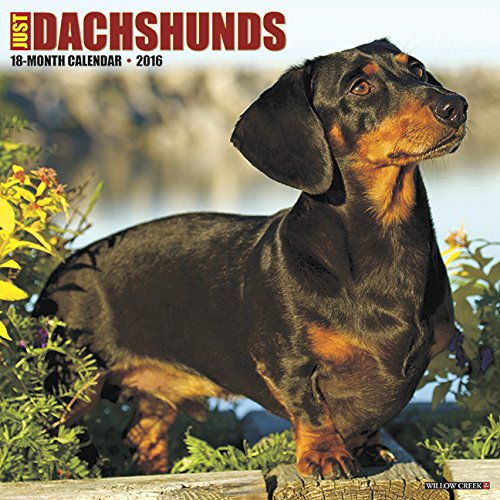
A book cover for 2016 Just Dachshunds Wall Calendar; Willow Creek Press; Calendars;